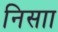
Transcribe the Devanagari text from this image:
निसाा